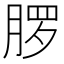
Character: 𬂂